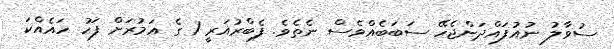
ސުވާލު ނުއުފައްދަންޖެހޭ ސަބަބެއްވެސް ނެތެވެ. ފެބްރުއަރީ 1 ގެ އަމުރަށް ފަހު ހައެއްކަ